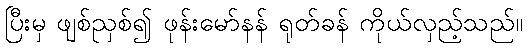
ပြီးမှ ဖျစ်ညှစ်၍ ဖုန်းမော်နန် ရုတ်ခန် ကိုယ်လှည့်သည်။